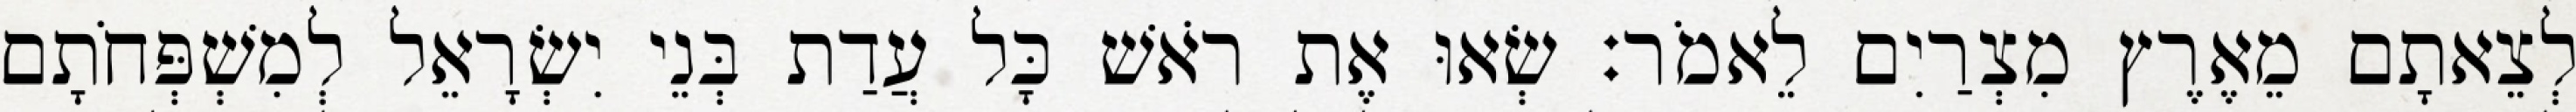
לְצֵאתָם מֵאֶרֶץ מִצְרַיִם לֵאמֹר׃ שְׂאוּ אֶת רֹאשׁ כָּל עֲדַת בְּנֵי יִשְׂרָאֵל לְמִשְׁפְּחֹתָם